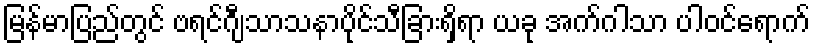
မြန်မာပြည်တွင် ဗရင်ဂျီသာသနာပိုင်သီခြားရှိရာ ယခု အက်ဂါသာ ပါဝင်ရောက်